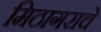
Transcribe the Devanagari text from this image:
मिठागराचे